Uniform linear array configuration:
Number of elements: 16
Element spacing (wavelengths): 0.75
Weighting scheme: cosine
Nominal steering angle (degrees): -45
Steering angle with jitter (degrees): -45.282
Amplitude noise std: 0.05
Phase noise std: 0.05

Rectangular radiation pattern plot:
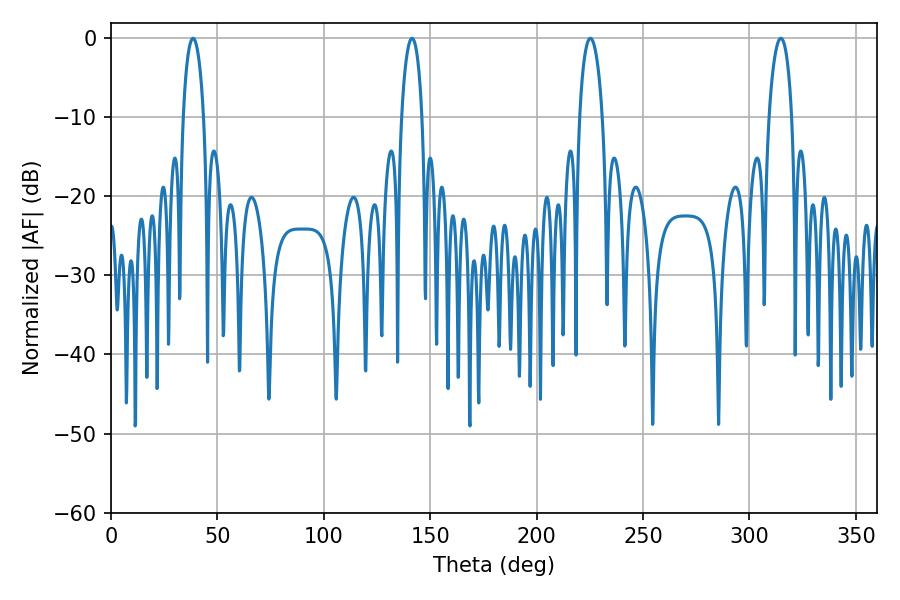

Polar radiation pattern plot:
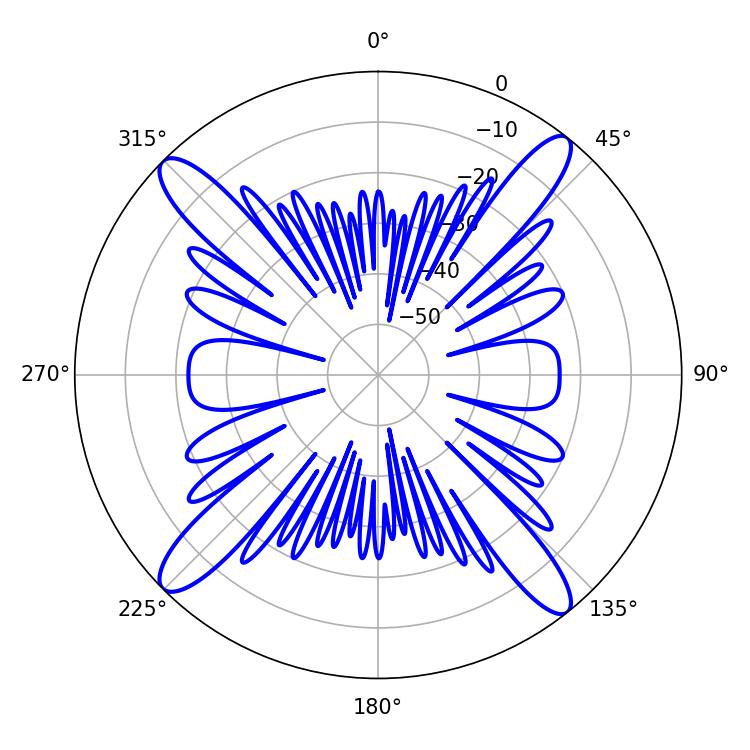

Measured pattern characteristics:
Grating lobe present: TRUE
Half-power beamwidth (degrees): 5.58
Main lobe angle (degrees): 38.52